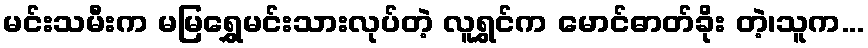
မင်းသမီးက မမြရွှေမင်းသားလုပ်တဲ့ လူရွှင်က မောင်ဓာတ်ခိုး တဲ့၊သူက...